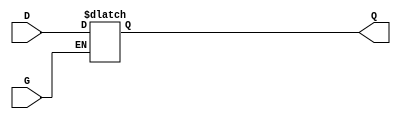
module gated_latch (
    input wire D,    // Data input
    input wire G,    // Gate control signal
    output reg Q     // Output
);

    always @(*) begin
        if (G) begin
            Q = D;   // When G is HIGH, output follows the input
        end
        // When G is LOW, Q retains its previous value (implicit behavior)
    end

endmodule